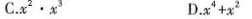
C.x^{2}·x^{3}D.x^{4}+x^{2}